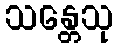
သန္တေသု